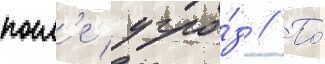
посл'е угро́з // По́